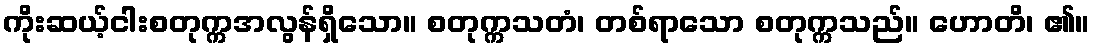
ကိုးဆယ့်ငါးစတုက္ကအလွန်ရှိသော။ စတုက္ကသတံ၊ တစ်ရာသော စတုက္ကသည်။ ဟောတိ၊ ၏။